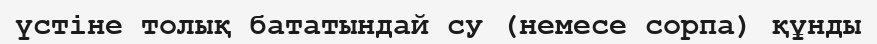
үстіне толық бататындай су (немесе сорпа) құнды